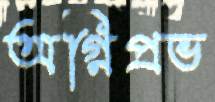
অগ্নিপ্রভ